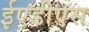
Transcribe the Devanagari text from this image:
ईएडीएस